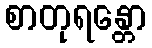
စာတုရန္တော